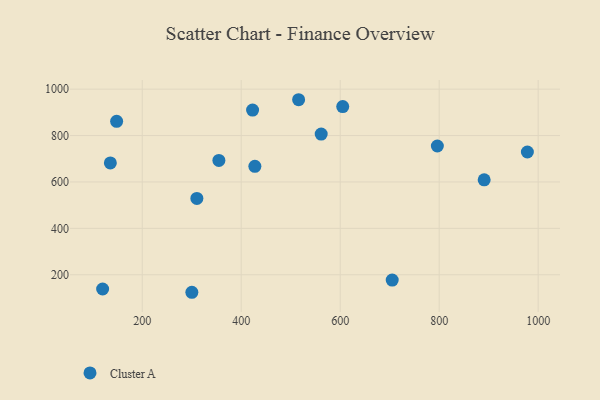
{"axis": {"x": "Investment", "y": "Profit"}, "legend": ["Cluster A"], "data": [{"x": "148.3", "y": 861.4, "type": "Cluster A"}, {"x": "120.0", "y": 138.7, "type": "Cluster A"}, {"x": "978.2", "y": 729.1, "type": "Cluster A"}, {"x": "561.6", "y": 806.4, "type": "Cluster A"}, {"x": "796.3", "y": 754.9, "type": "Cluster A"}, {"x": "516.0", "y": 954.4, "type": "Cluster A"}, {"x": "135.6", "y": 681.8, "type": "Cluster A"}, {"x": "300.3", "y": 124.5, "type": "Cluster A"}, {"x": "705.1", "y": 177.2, "type": "Cluster A"}, {"x": "890.9", "y": 609.1, "type": "Cluster A"}, {"x": "427.6", "y": 667.4, "type": "Cluster A"}, {"x": "310.4", "y": 529.0, "type": "Cluster A"}, {"x": "605.1", "y": 925.0, "type": "Cluster A"}, {"x": "423.0", "y": 909.6, "type": "Cluster A"}, {"x": "354.9", "y": 692.9, "type": "Cluster A"}]}